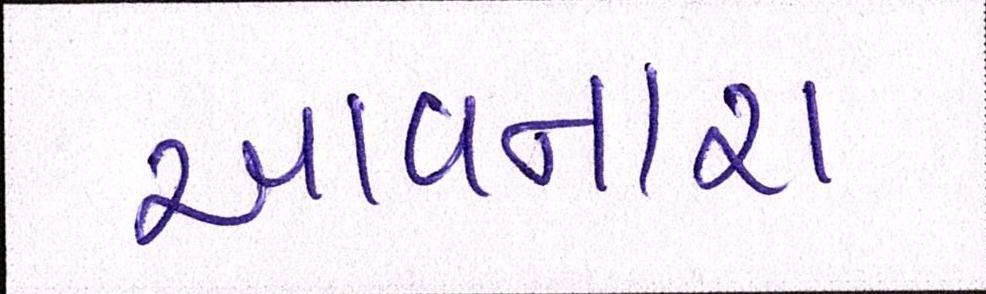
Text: આવનારા